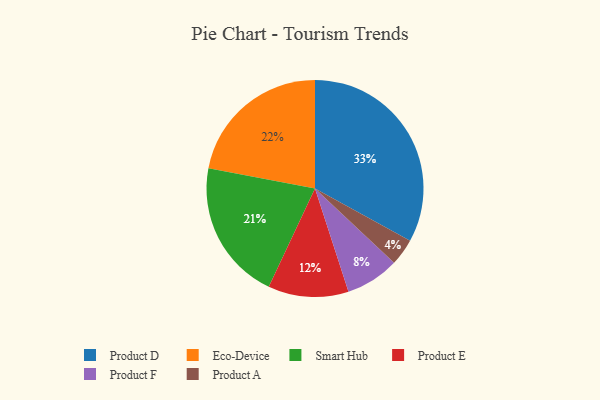
{"axis": {"x": "Category", "y": "Percentage"}, "legend": ["Eco-Device", "Product A", "Product D", "Product E", "Product F", "Smart Hub"], "data": [{"x": "Product E", "y": 12, "type": "Product E"}, {"x": "Product D", "y": 33, "type": "Product D"}, {"x": "Eco-Device", "y": 22, "type": "Eco-Device"}, {"x": "Product A", "y": 4, "type": "Product A"}, {"x": "Smart Hub", "y": 21, "type": "Smart Hub"}, {"x": "Product F", "y": 8, "type": "Product F"}]}